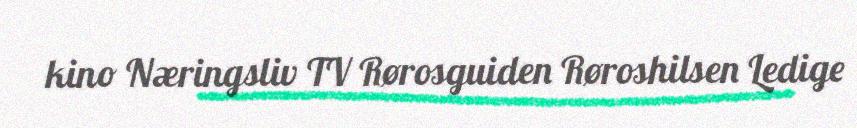
kino Næringsliv TV Rørosguiden Røroshilsen Ledige